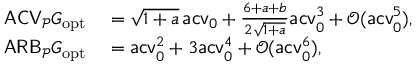
\begin{array} { r l } { \mathsf { A C V } _ { \mathcal P } G _ { \mathrm { o p t } } } & { { } = \sqrt { 1 + a } \, \mathsf { a c v } _ { 0 } + \frac { 6 + a + b } { 2 \sqrt { 1 + a } } \mathsf { a c v } _ { 0 } ^ { 3 } + \mathcal O ( \mathsf { a c v } _ { 0 } ^ { 5 } ) , } \\ { \mathsf { A R B } _ { \mathcal P } G _ { \mathrm { o p t } } } & { { } = \mathsf { a c v } _ { 0 } ^ { 2 } + 3 \mathsf { a c v } _ { 0 } ^ { 4 } + \mathcal O ( \mathsf { a c v } _ { 0 } ^ { 6 } ) , } \end{array}